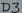
Text: D3